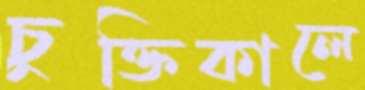
চুক্তিকালে